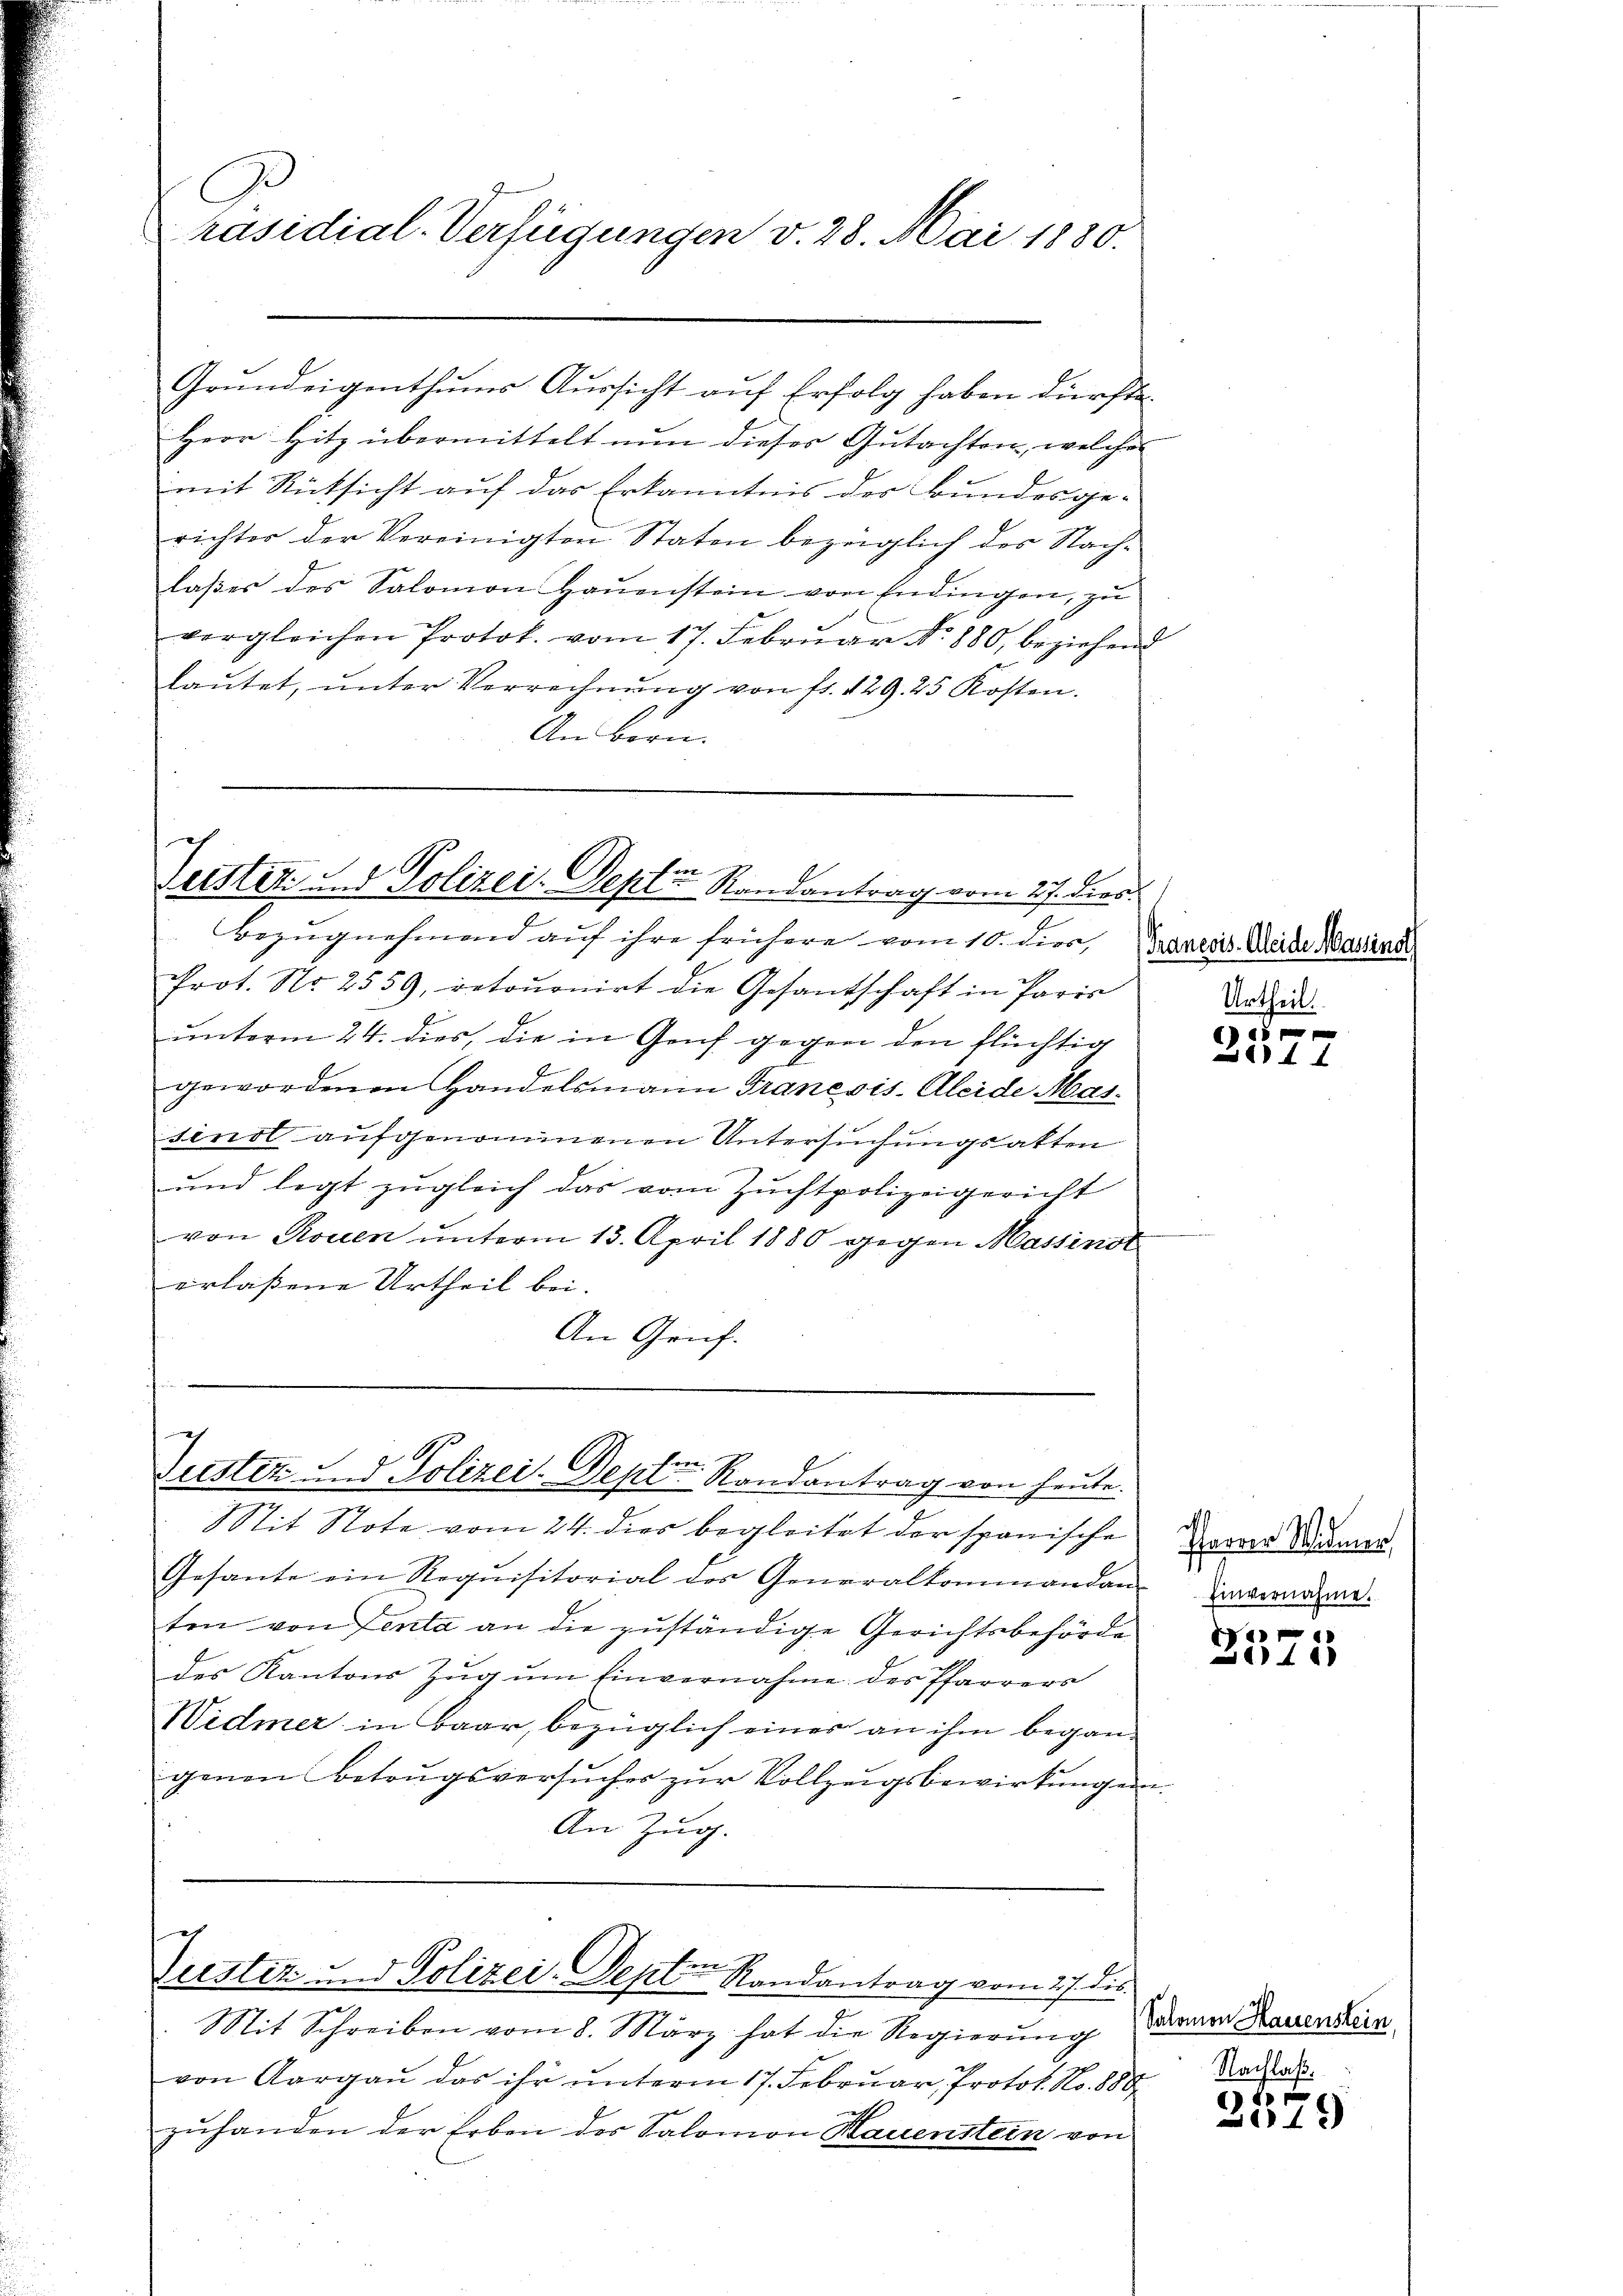
C
räsidial-Verfügungen v. 28. Mai 1880.

Grundeigenthums Aussicht auf Erfolg haben dürfte.
Herr Hitz übermittelt nun dieses Gutachten, welches
mit Rücksicht auf das Erkanntnis der Bundesgerichter der Vereinigten Staten bezüglich des Nachlaßes des Salomon Haŭenstein von Endingen, zu
vergleichen Protok. vom 17. Februar No. 880, beziehend
laŭtet, unter Vorrechnŭng von fr. 129. 25 Kosten.
An Bern.

ch
Leistet und Polizei-Deptur Randantrag vom 27. Died.

Bezŭgnehmend auf ihre frühere vom 10. Dier, Marecis Weide Massens
Prot. No. 2559, retoŭrnirt die Gesantschaft in Paris
unterm 24. dies, die in Genf gegen den flüchtig
gewordenen Handelsmann Franesis Kleide Marsind aufgenommenen Untersuchungsakten
und legt zugleich das vom Zuchtpolizeigericht
von Rosen unterm 13. April 1880 gegen Massinst
erlassene Urtheil bei.
An Genf.
¬

d
Justiz und Polizei-Dept. Randantrag von heute.

Sit Note vom 24. dies begleitet der spanische
Gesante ein Requisitorial des Generalkommandan-
ten von Tenta an die zuständige Gerichtsbehörde
des Kantons Zŭg ŭm Einvernahme des Pfarrers
Widmer in Baar, bezüglich einer an ihm began-
genen Betrugsversuches zur Vollzugsbewirkung ein.
An Zug.

.
Zustiz und Polizei-Septer Randantrag vom 27. ds.

Mit Schreiben vom 8. März hat die Regierung
von Aargau das ihr unterm 17. Februar, Protok. No. 888
zuhanden der Erben der Salomon Hauenstein von

Urtheil.

6 f 15 x
1 1

Pfarrer Widmer,
Einvernahme.

de
1

Salomon Hauenstein,
Nachlaß.

x
1